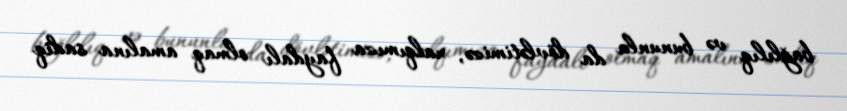
bağlılıq və bununla da dövlətimizə, xalqımıza faydalı olmaq amalına sadiq